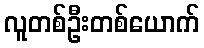
လူတစ်ဦးတစ်ယောက်